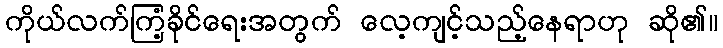
ကိုယ်လက်ကြံ့ခိုင်ရေးအတွက် လေ့ကျင့်သည့်နေရာဟု ဆို၏။